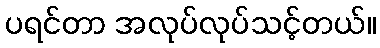
ပရင်တာ အလုပ်လုပ်သင့်တယ်။